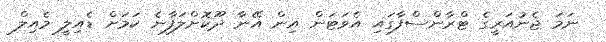
ނަމަ ޖެނުއަރީގެ ޓްރާންސްފާގައި އެވަޓަން އިން އޭނާ ދޫކޮށްލަފާނެ ކަމަށް ޑެއިލީ މެއިލް